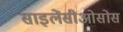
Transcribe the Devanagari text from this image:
साइलेंसीओसोस